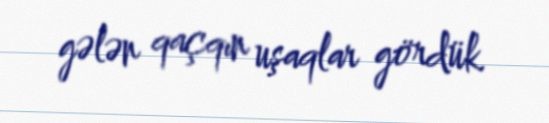
gələn qaçqın uşaqlar gördük.